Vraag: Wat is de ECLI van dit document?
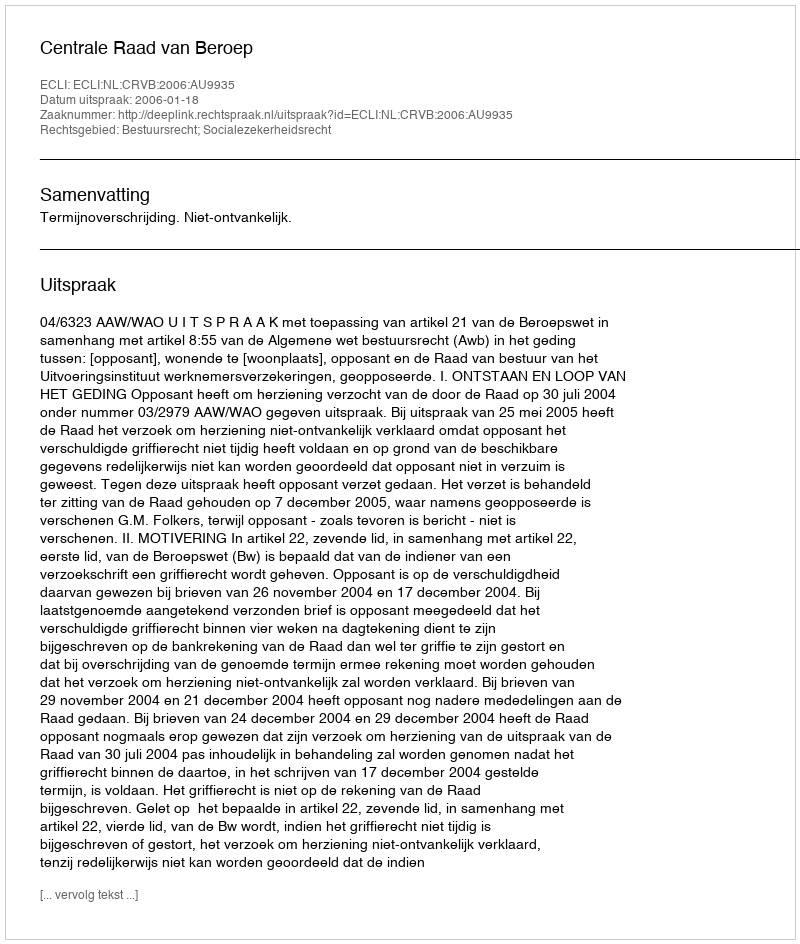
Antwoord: ECLI:NL:CRVB:2006:AU9935